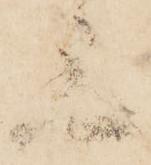
上